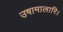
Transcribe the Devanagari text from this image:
उषामालारि।